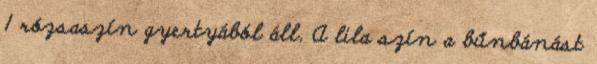
1 rózsaszín gyertyából áll. A lila szín a bűnbánást